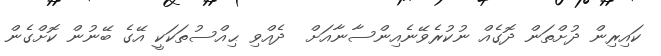
ކައިރިން ދުށްތަން ދޮގެއް ނުކުރެވޭނެއިންސާނާއަށް  ދެއްވި ޙިއްސުތަކަކީ އޭގެ ބޭނުން ކޮށްގެން